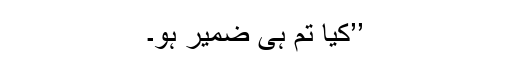
’’کیا تم ہی ضمیر ہو۔